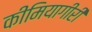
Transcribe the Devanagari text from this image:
कीमियागीरी